Report of the Municipal Commissioner on the plague in Bombay for the year ending 31st May... - Volume 1
Disease focus: Plague
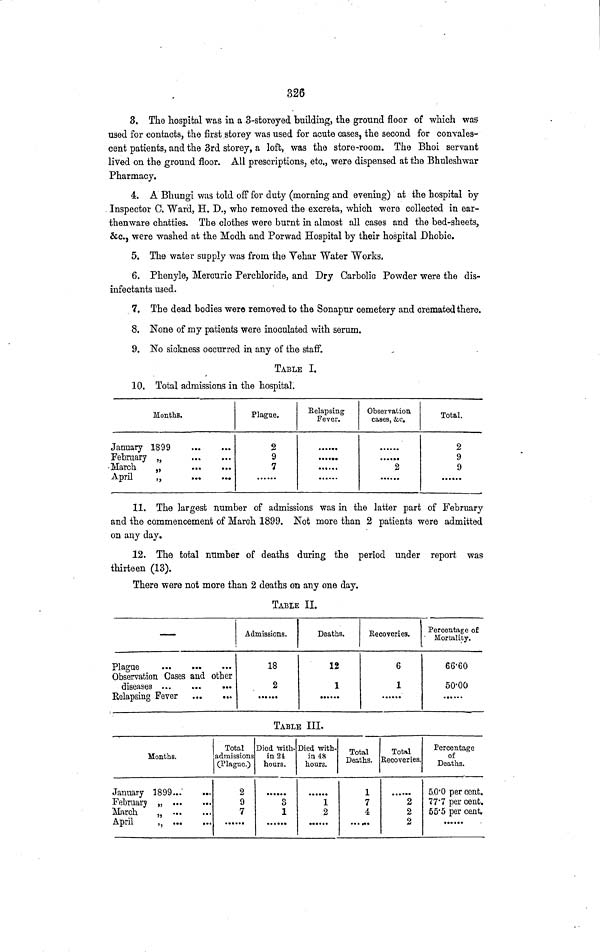
326
3. The hospital was in a 3-storeyed building, the ground floor of which was
used for contacts, the first .storey was used for acute cases, the second for convales-
cent patients, and the 3rd storey, a loft, was the store-room. The Bhoi servant
lived on the ground floor. All prescriptions, etc., were dispensed at the Bhuleshwar
Pharmacy.
4. A Bhungi was told off for duty (morning and evening) at the hospital by
Inspector 0. Ward, H. D., who removed the excreta, which were collected in ear-
thenware chatties. The clothes were burnt in almost all cases and the bed-sheets,
&c., were washed at the Modh and Porwad Hospital by their hospital Dhobie.
5. The water supply was from the Vehar Water Works,
6. Phenyle, Mercuric Perchloride, and Dry Carbolic Powder were the dis-
infectants used.
7. The dead bodies were removed to the Sonapur cemetery and cremated there.
8. None of my patients were inoculated with serum.
9. No sickness occurred in any of the staff.
TABLE I.
10. Total admissions in the hospital.
Months.
January 1899
February „
March
„
April
„
..
.•
Plague.
2
9
7
Relapsing
Fever.
••••
••••••
•••••••
Observation
cases, &c.
••••••
2
Total.
2
9
9
11. The largest number of admissions was in the latter part of February
and the commencement of March 1899. Not more than 2 patients were admitted
on any day.
12. The total number of deaths during the period under report was
thirteen (13).
There were not more than 2 deaths on any one day.
TABLE II.
—
Plague
...
Observation Cases and other
diseases
Relapsing Fever ...
...
Admissions.
18
2
••
Deaths.
12
1
• •••
Recoveries.
6
1
Percentage of
Mortality.
66-60
50-00
TABLE III.
Months.
January 1899
February „
March
„
April
„
Total
admissions
CPlague.)
2
9
7
Died xvith-
in24
hours.
3
1
Died with-
in 4S
hours.
1
2
Total
Deaths.
1
7
4
Total
Recoveries,
••••••••
2
2
2
Percentage
of
Deaths.
5,0-0 per cent.
77'7 per cent.
55.5 per cent,
......